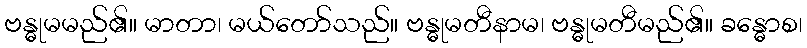
ဗန္ဓုမမည်၏။ မာတာ၊ မယ်တော်သည်။ ဗန္ဓုမတီနာမ၊ ဗန္ဓုမတီမည်၏။ ခန္ဓောစ၊